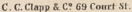
C.C.Clapp & C° 69 Court St.